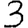
Digit: 3